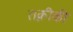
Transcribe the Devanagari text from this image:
तक्नीकी